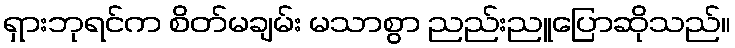
ရှားဘုရင်က စိတ်မချမ်း မသာစွာ ညည်းညူပြောဆိုသည်။